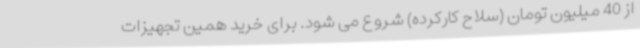
از 40 میلیون تومان (سلاح کارکرده) شروع می شود. برای خرید همین تجهیزات